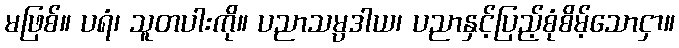
မဖြစ်။ ပရံ၊ သူတပါးကို။ ပညာသမ္ပဒါယ၊ ပညာနှင့်ပြည့်စုံစိမ့်သောငှာ။